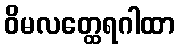
ဝိမလတ္ထေရဂါထာ